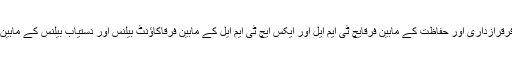
رائل ویڈنگ اور کامنرز ویڈنگ کے مابین فرقرازداری اور حفاظت کے مابین فرقایچ ٹی ایم ایل اور ایکس ایچ ٹی ایم ایل کے مابین فرقاکاؤنٹ بیلنس اور دستیاب بیلنس کے مابین فرقبلیک منی اور وائٹ منی کے مابین فرق